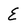
Character: E